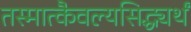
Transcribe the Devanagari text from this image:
तस्मात्कैवल्यसिद्ध्यर्थं